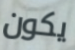
يكون